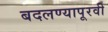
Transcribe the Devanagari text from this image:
बदलण्यापूरवी